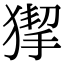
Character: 𤠵